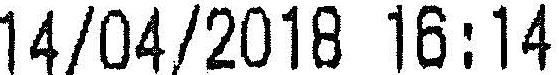
14/04/2018 16:14